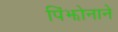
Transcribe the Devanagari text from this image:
पिंझोनाने